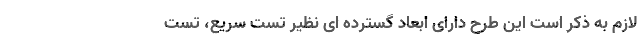
لازم به ذکر است این طرح دارای ابعاد گسترده ای نظیر تست سریع، تست